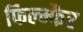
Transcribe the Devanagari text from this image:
फिल्म्फैर